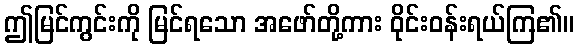
ဤမြင်ကွင်းကို မြင်ရသော အဖော်တို့ကား ဝိုင်းဝန်းရယ်ကြ၏။